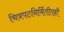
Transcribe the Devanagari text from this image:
चित्रपटनिर्मितीतही